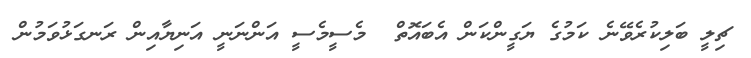
ޗިލީ ބަލިކުރެވޭނެ ކަމުގެ ޔަގީންކަން އެބައޮތް  މެސީމެސީ އަންނަނީ އަނިޔާއިން ރަނގަޅުވަމުން